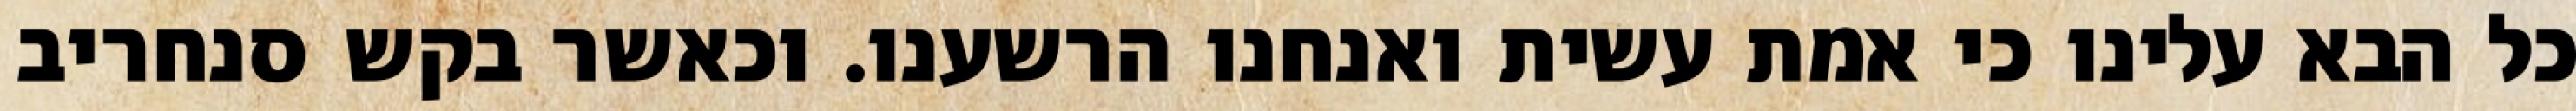
כל הבא עלינו כי אמת עשית ואנחנו הרשענו. וכאשר בקש סנחריב